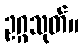
ဥဂ္ဂသုတ်။